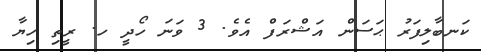
ކަނބާލިފަރު ޙަސަން އަޝްރަފް އެވެ. 3 ވަނަ ހޯދީ ހ. ރީތި ހިޔާ